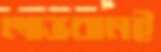
লাভবানই